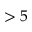
> 5